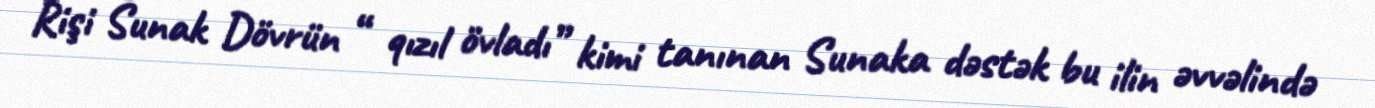
Rişi Sunak Dövrün “ qızıl övladı” kimi tanınan Sunaka dəstək bu ilin əvvəlində